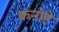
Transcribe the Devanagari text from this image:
कनोहे